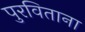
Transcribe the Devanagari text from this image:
पुरविताना